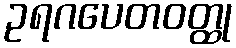
ဥရဂပေတဝတ္ထု